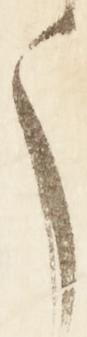
う